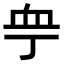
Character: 𧖧